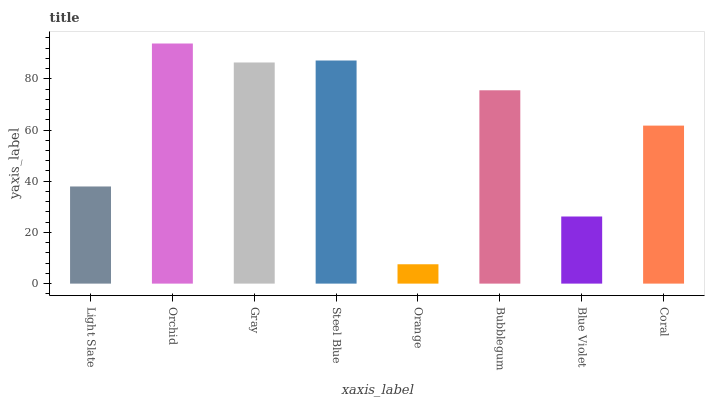
| xaxis_label | bars |
 | --- | --- |
 | Light Slate | 37.9 |
 | Orchid | 93.8 |
 | Gray | 86.4 |
 | Steel Blue | 87.1 |
 | Orange | 7.56 |
 | Bubblegum | 75.5 |
 | Blue Violet | 26.2 |
 | Coral | 61.7 |